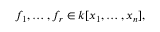
f _ { 1 } , \dots , f _ { r } \in k [ x _ { 1 } , \dots , x _ { n } ] ,